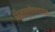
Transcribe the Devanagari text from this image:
सिमन्तोणणयन